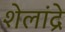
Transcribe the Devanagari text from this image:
शेलांद्रे